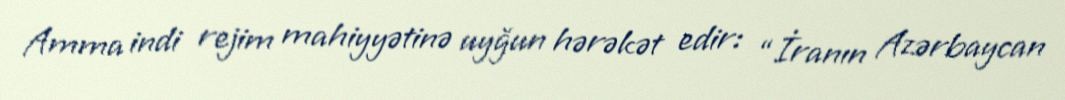
Amma indi rejim mahiyyətinə uyğun hərəkət edir: “İranın Azərbaycan